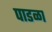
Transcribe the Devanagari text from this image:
पाडळा